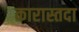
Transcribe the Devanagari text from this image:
कारास्तदा